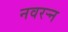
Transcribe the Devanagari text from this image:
नवरर्‍न